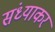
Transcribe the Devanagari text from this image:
संध्याकर